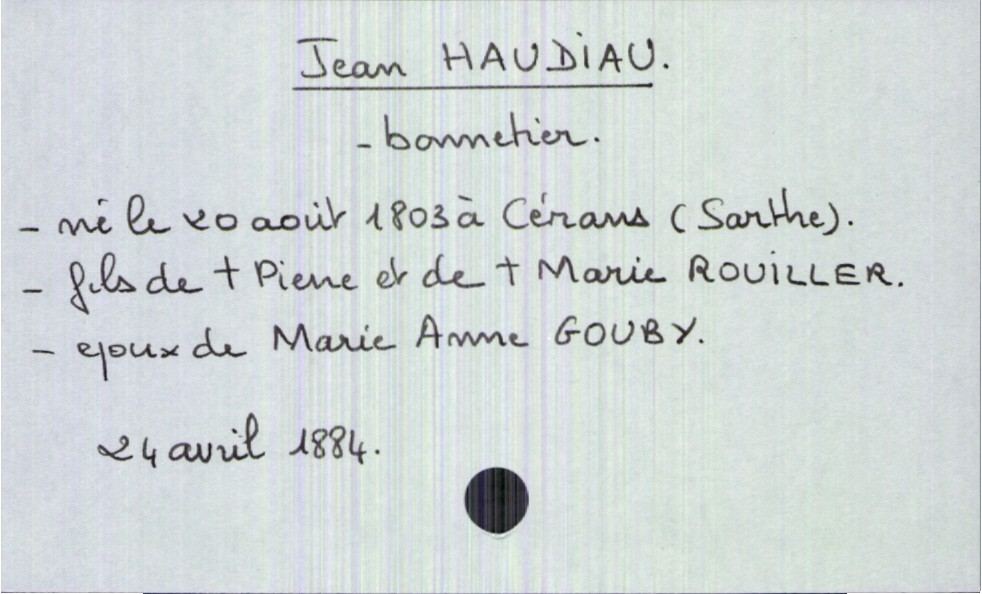
type_acte: Décès
année: 1884
mois: avril
jour: 24
défunt_nom: Haudiau
défunt_prénom: Jean
défunt_sexe: H
défunt_profession: bonnetier
défunt_date_de_naissance: 20 août 1803
défunt_lieu_de_naissance: Cérans (Sarthe)
défunt_statut: marié(e)
père_défunt_nom: Haudiau
père_défunt_prénom: Pierre
père_défunt_statut: décédé
mère_défunt_nom: Rouiller
mère_défunt_prénom: Marie
mère_défunt_statut: décédée